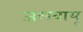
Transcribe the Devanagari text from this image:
जलवायू